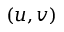
( u , v )